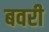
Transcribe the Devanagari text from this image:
बवरी